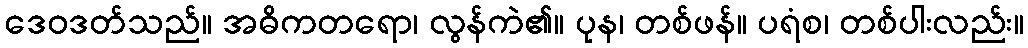
ဒေဝဒတ်သည်။ အဓိကတရော၊ လွန်ကဲ၏။ ပုန၊ တစ်ဖန်။ ပရံစ၊ တစ်ပါးလည်း။